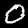
Label: 0